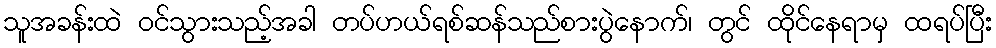
သူအခန်းထဲ ဝင်သွားသည့်အခါ တပ်ဟယ်ရစ်ဆန်သည်စားပွဲနောက်၊ တွင် ထိုင်နေရာမှ ထရပ်ပြီး